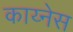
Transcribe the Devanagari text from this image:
काय्नेस